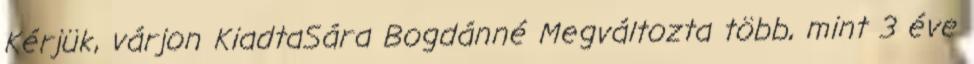
Kérjük, várjon KiadtaSára Bogdánné Megváltozta több, mint 3 éve